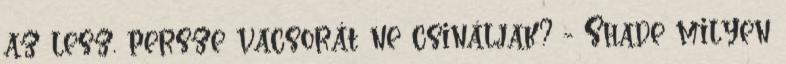
az lesz, persze vacsorát ne csináljak? - Shade milyen